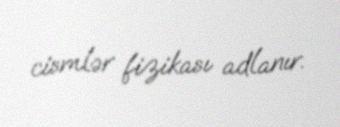
cismlər fizikası adlanır.